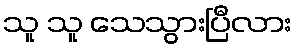
သူ သူ သေသွားပြီလား